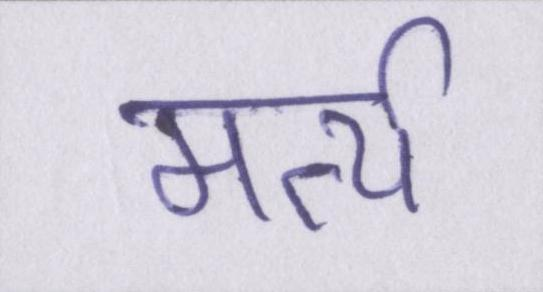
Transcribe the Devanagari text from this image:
मर्त्य